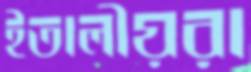
ইতালীয়রা